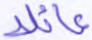
عائلا